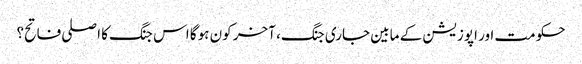
حکومت اور اپوزیشن کے مابین جاری جنگ، آخر کون ہوگا اس جنگ کا اصلی فاتح؟